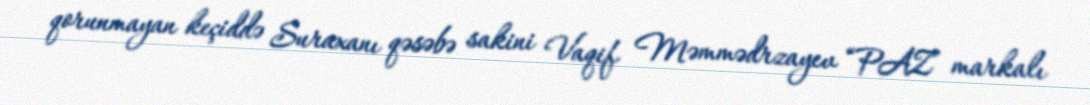
qorunmayan keçiddə Suraxanı qəsəbə sakini Vaqif Məmmədrzayev “PAZ” markalı